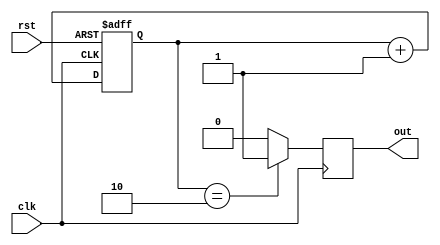
module synchronous_design (
    input wire clk,
    input wire rst,
    output reg out
);

reg [1:0] state;

always @ (posedge clk or negedge rst)
begin
    if (~rst)
        state <= 0;
    else
        state <= state + 1;
end

always @ (posedge clk)
begin
    if (state == 2)
        out <= 1;
    else
        out <= 0;
end

endmodule